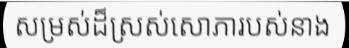
សម្រស់ដ៏ស្រស់សោភារបស់នាង